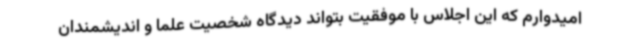
امیدوارم که این اجلاس با موفقیت بتواند دیدگاه شخصیت علما و اندیشمندان